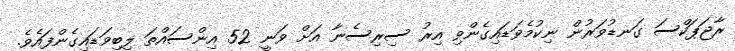
ރާޖަޕަކްސަ ގަނޑުވަރުން ނިކުމެވަޑައިގެންވި އިރު ސިރިސެނާ އަށް ވަނީ 52 އިންސައްތަ ލިބިވަޑައިގެންފައެވެ.